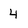
Character: 4